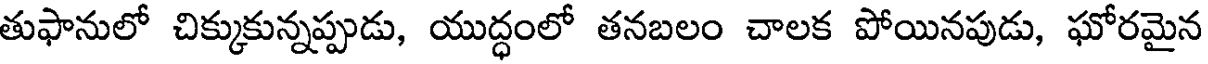
తుఫానులో చిక్కుకున్నప్పుడు, యుద్ధంలో తనబలం చాలక పోయినపుడు, ఘోరమైన